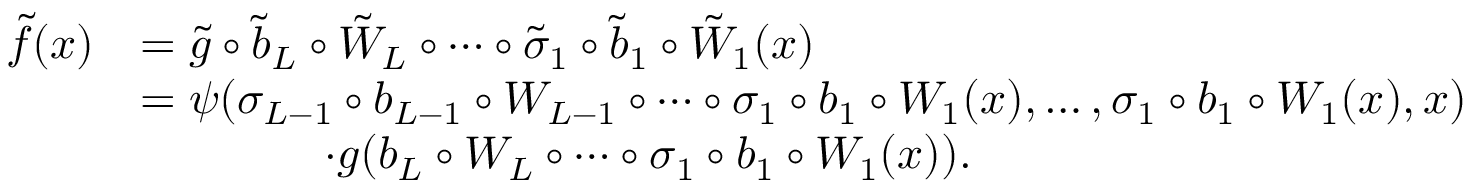
\begin{array} { r l } { \tilde { f } ( x ) } & { = \tilde { g } \circ \tilde { b } _ { L } \circ \tilde { W } _ { L } \circ \cdots \circ \tilde { \sigma } _ { 1 } \circ \tilde { b } _ { 1 } \circ \tilde { W } _ { 1 } ( x ) } \\ & { = \psi ( \sigma _ { L - 1 } \circ b _ { L - 1 } \circ W _ { L - 1 } \circ \cdots \circ \sigma _ { 1 } \circ b _ { 1 } \circ W _ { 1 } ( x ) , \ldots , \sigma _ { 1 } \circ b _ { 1 } \circ W _ { 1 } ( x ) , x ) } \\ & { \qquad \qquad \cdot g ( b _ { L } \circ W _ { L } \circ \cdots \circ \sigma _ { 1 } \circ b _ { 1 } \circ W _ { 1 } ( x ) ) . } \end{array}